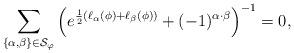
LaTeX: \begin{align*}\sum_{\{\alpha,\beta\}\in\mathcal{S}_\varphi}\left(e^{\frac{1}{2}(\ell_{\alpha}(\phi)+\ell_{\beta}(\phi))}+(-1)^{\alpha\cdot\beta}\right)^{-1}=0,\end{align*}